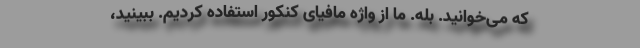
که می‌خوانید. بله. ما از واژه مافیای کنکور استفاده کردیم. ببینید،